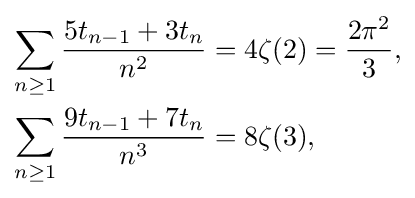
{\begin{aligned}\sum _{n\geq 1}{\frac {5t_{n-1}+3t_{n}}{n^{2}}}&=4\zeta (2)={\frac {2\pi ^{2}}{3}},\\\sum _{n\geq 1}{\frac {9t_{n-1}+7t_{n}}{n^{3}}}&=8\zeta (3),\end{aligned}}